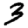
Digit: 3